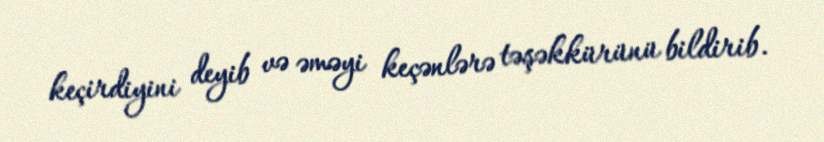
keçirdiyini deyib və əməyi keçənlərə təşəkkürünü bildirib.